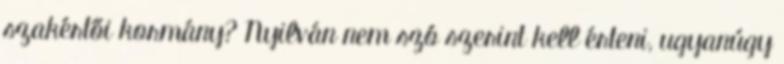
szakértői kormány? Nyilván nem szó szerint kell érteni, ugyanúgy